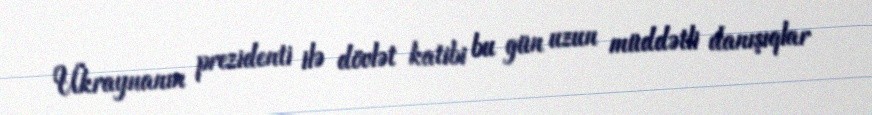
Ukraynanın prezidenti ilə dövlət katibi bu gün uzun müddətli danışıqlar